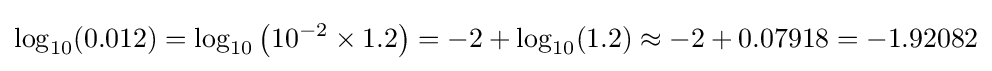
\log _{10}(0.012)=\log _{10}\left(10^{-2}\times 1.2\right)=-2+\log _{10}(1.2)\approx -2+0.07918=-1.92082